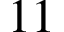
1 1